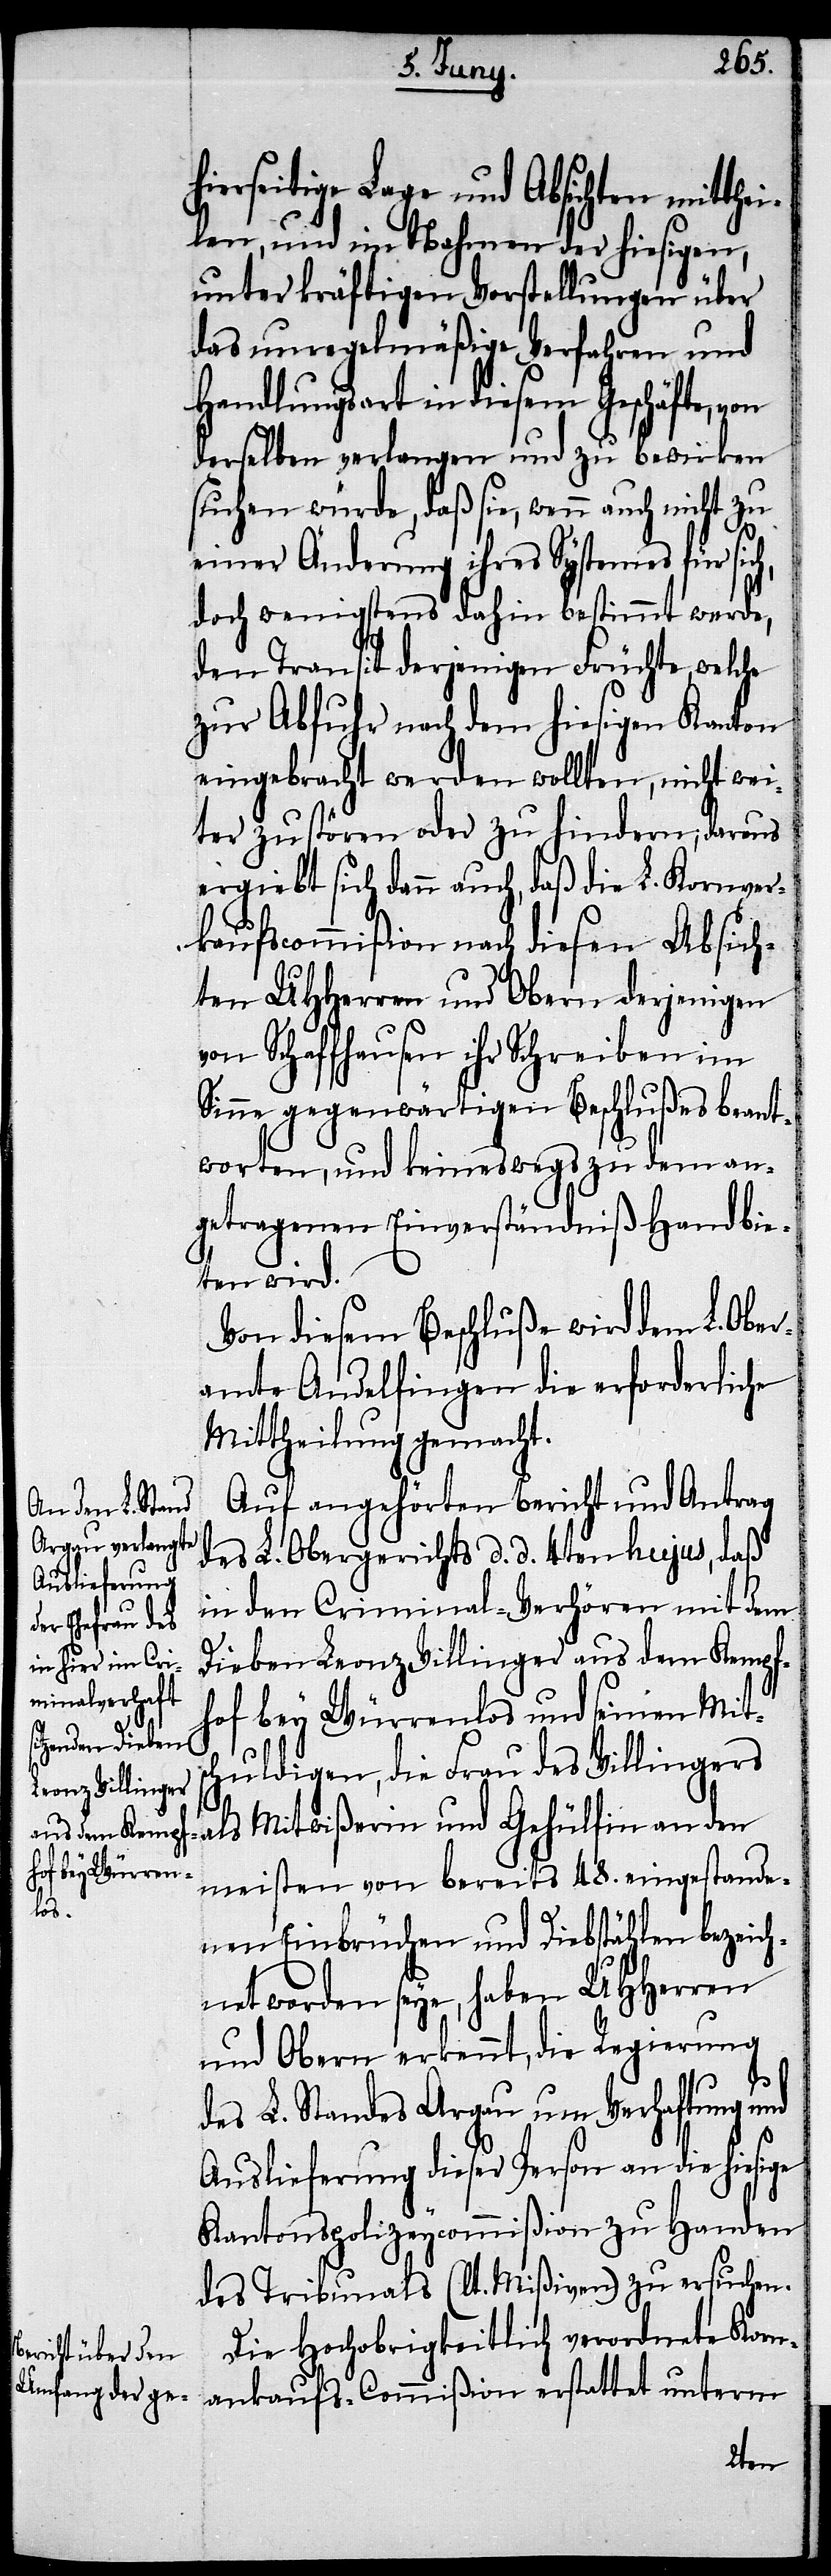
hierseitige Lage und Absichten mitthei¬
len, und im Nahmen der hiesigen,
unter kräftigen Vorstellungen über
das unregelmäßige Verfahren und
Handlungsart in diesem Geschäfte,
derselben verlangen und zu bewirken
suchen würde, daß sie, wenn auch nicht zu
einer Änderung ihres Systemes für sich,
doch wenigstens dahin bestimmt werde,
den Transit derjenigen Früchte, welche
zur Ausfuhr nach dem hiesigen Kanton
eingebracht werden wollten, nicht wei¬
ter zu stören oder zu hindern; daraus
ergiebt sich dann auch, daß die L. Kornver¬
kaufscommißion nach diesen Absich¬
ten UHHerren und Obern derjenigen
von Schaffhausen ihr Schreiben im
Sinne gegenwärtigen Beschlußes beant¬
worten, und keineswegs zu dem an¬
getragenen Einverständniß Hand bie¬
ten wird.
Von diesem Beschluße wird dem L. Ober¬
amte Andelfingen die erforderliche
Mittheilung gemacht.
Auf angehörten Bericht und Antrag
des L. Obergerichts d. d. 4ten hujus, daß
in den Criminal-Verhören mit dem
Dieben Leonz Villiger aus dem Kempfh¬
of bey Würrenlos und seinen Mitt¬
schuldigen, die Frau des Villigers
als Mitwißerin und Gehülfin an den
meisten bereits 48. eingestande¬
nen Einbrüchen und Diebstählen bezeich¬
net worden seye, haben UHHerren
und Obern erkennt, die Regierung
des L. Standes Argau um Verhaftung und
Auslieferung dieser Person an die hiesige
Kantonspolizeycommißion zu Handen
des Tribunals (lt. Mißiven) zu ersuchen.
Die Hochobrigkeitlich verordnete Korn¬
ankaufs-Commißion erstattet unterm